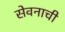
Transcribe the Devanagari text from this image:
सेवनाची